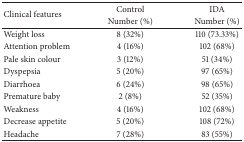
<table><thead><tr><td rowspan="2"><b>Clinical features</b></td><td><b>Control</b></td><td><b>IDA</b></td></tr><tr><td><b>Number (%)</b></td><td><b>Number (%)</b></td></tr></thead><tbody><tr><td>Weight loss</td><td>8 (32%)</td><td>110 (73.33%)</td></tr><tr><td>Attention problem</td><td>4 (16%)</td><td>102 (68%)</td></tr><tr><td>Pale skin colour</td><td>3 (12%)</td><td>51 (34%)</td></tr><tr><td>Dyspepsia</td><td>5 (20%)</td><td>97 (65%)</td></tr><tr><td>Diarrhoea</td><td>6 (24%)</td><td>98 (65%)</td></tr><tr><td>Premature baby</td><td>2 (8%)</td><td>52 (35%)</td></tr><tr><td>Weakness</td><td>4 (16%)</td><td>102 (68%)</td></tr><tr><td>Decrease appetite</td><td>5 (20%)</td><td>108 (72%)</td></tr><tr><td>Headache</td><td>7 (28%)</td><td>83 (55%)</td></tr></tbody></table>